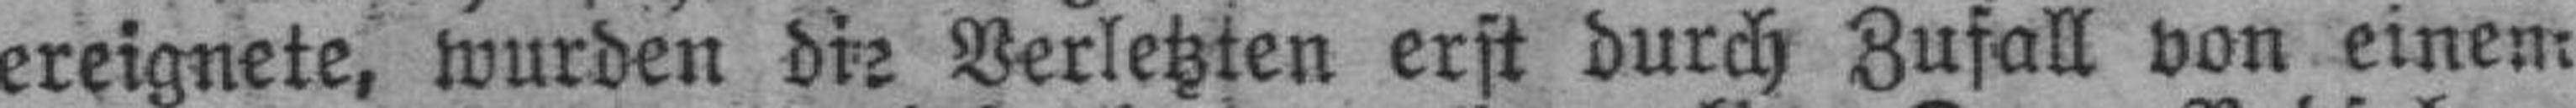
ereignete, wurden die Verletzten erst durch Zufall von einem